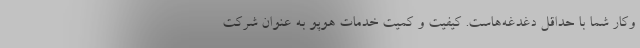
وکار شما با حداقل دغدغه‌هاست. کیفیت و کمیت خدمات هوپو به عنوان شرکت